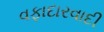
વફાદારવાદી